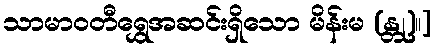
သာမာဝတီရွှေအဆင်းရှိသော မိန်းမ (န္တု)။]